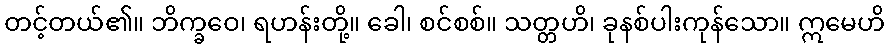
တင့်တယ်၏။ ဘိက္ခဝေ၊ ရဟန်းတို့။ ခေါ၊ စင်စစ်။ သတ္တဟိ၊ ခုနစ်ပါးကုန်သော။ ဣမေဟိ